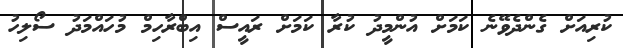
ކުރިއަށް ގެންދެވޭނެ ކަމަށް އުންމީދު ކުރާ ކަމަށް ރައީސް އިބްރާހިމް މުހައްމަދު ސޯލިހު